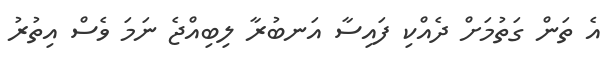
އެ ތަން ގަތުމަށް ދެއްކި ފައިސާ އަނބުރާ ލިބިއްޖެ ނަމަ ވެސް އިތުރު